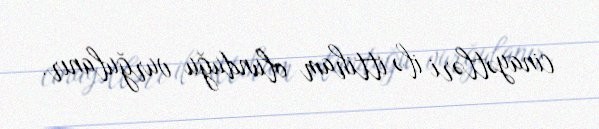
cinayətləri ilə ittiham olunduğu vurğulanır.